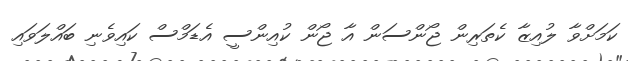
ކަމަށްވާ ލުއިޒާ ކެތަރިން ޖޯންސަން އާ ޖޯން ކުއިންސީ އެޑަމްސް ކައިވެނި ބައްލަވައި